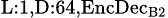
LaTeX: _{\textrm{L}:1,\textrm{D}:64,\textrm{EncDec}_{\textrm{B}2}}